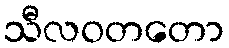
သီလဝတတော